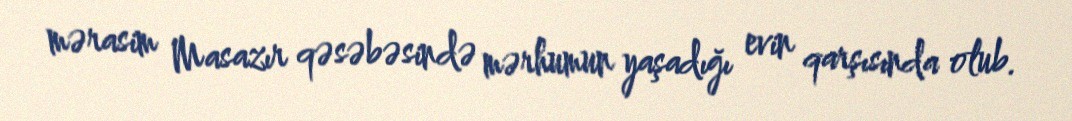
mərasim Masazır qəsəbəsində mərhumun yaşadığı evin qarşısında olub.